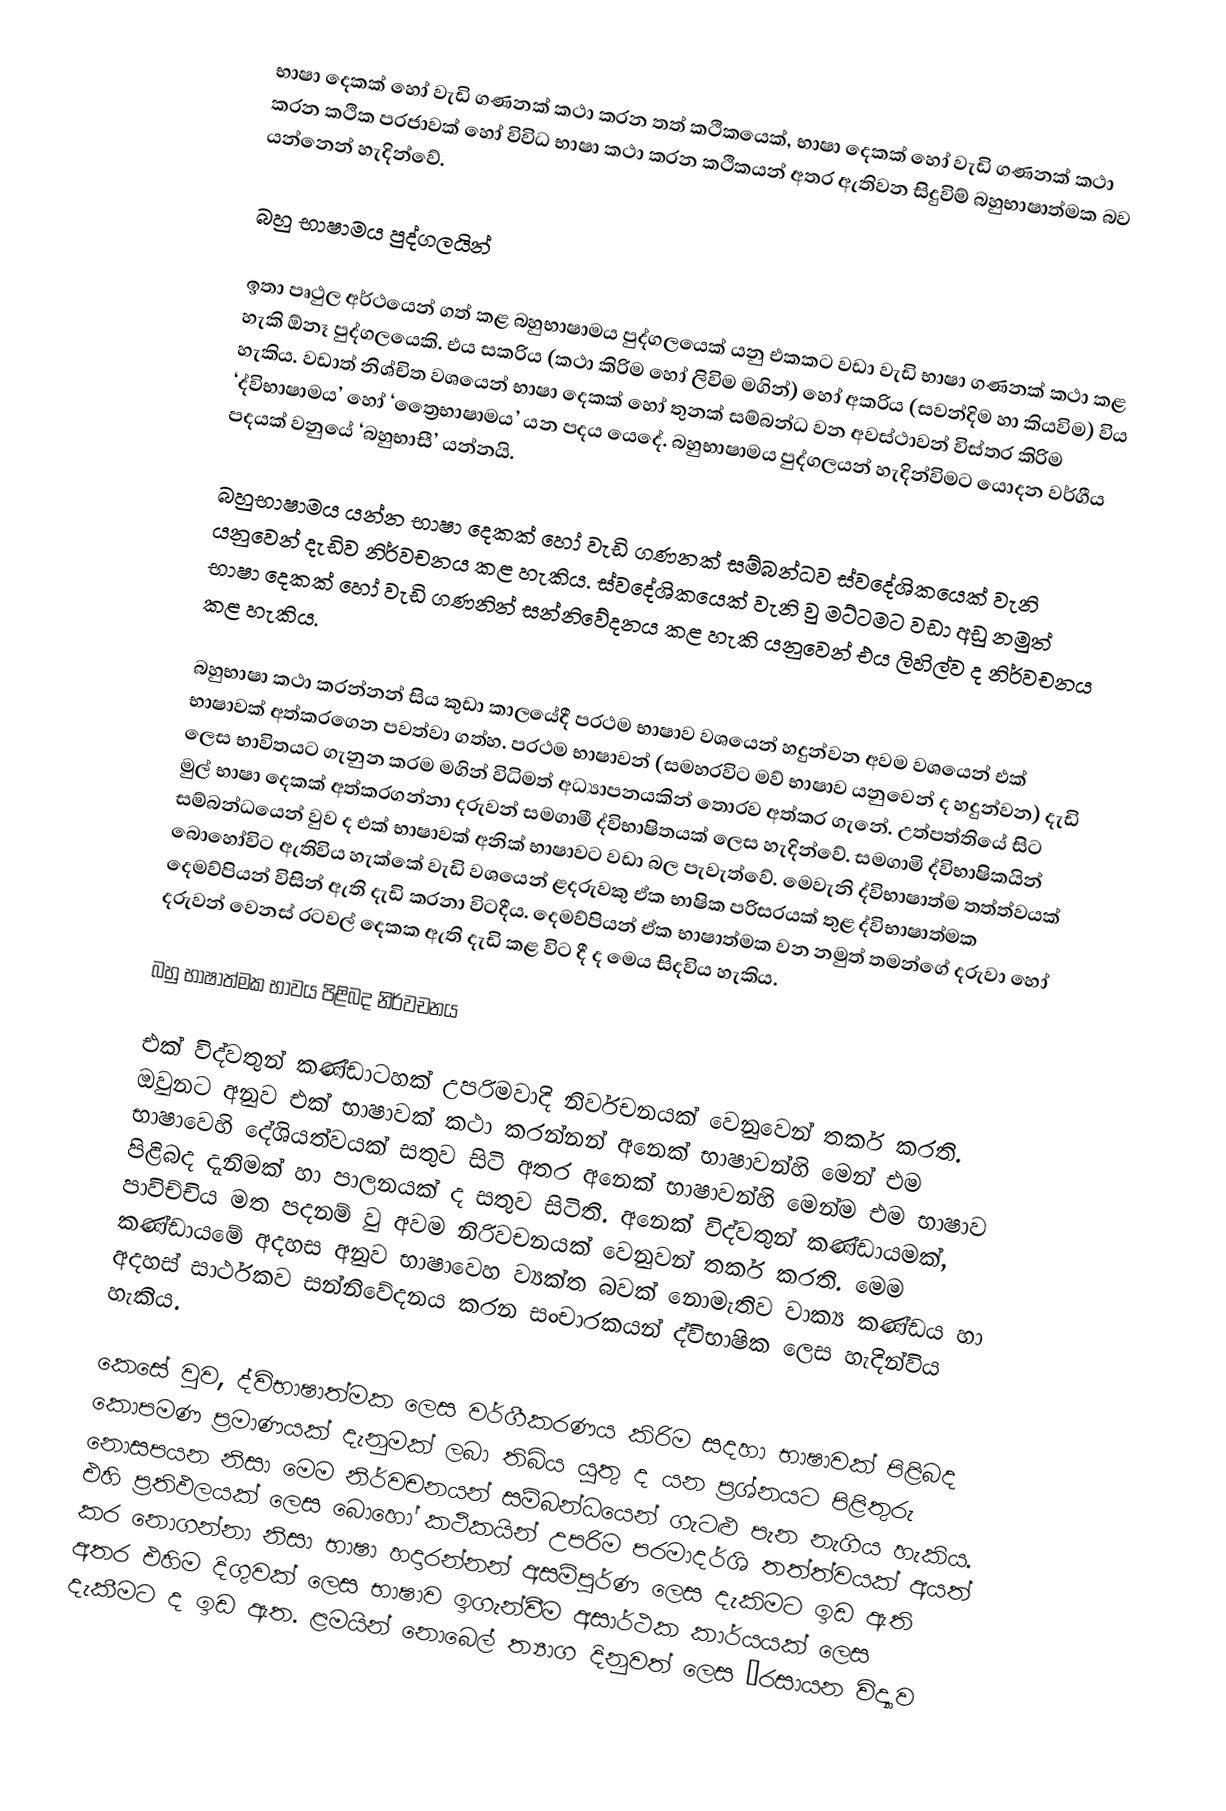
භාෂා දෙකක් හෝ වැඩි ගණනක් කථා කරන තත් කථිකයෙක්, භාෂා දෙකක් හෝ වැඩි ගණනක් කථා කරන කථික ප‍්‍රජාවක් හෝ විවිධ භාෂා කථා කරන කථිකයන් අතර ඇතිවන සිදුවිම් බහුභාෂාත්මක බව යන්නෙන් හැදින්වේ.

බහු භාෂාමය පුද්ගලයින්

ඉතා පෘථුල අර්ථයෙන් ගත් කළ බහුභාෂාමය පුද්ගලයෙක් යනු එකකට වඩා වැඩි භාෂා ගණනක් කථා කළ හැකි ඕනෑ පුද්ගලයෙකි. එය සක‍්‍රිය (කථා කිරිම හෝ ලිවිම මගින්) හෝ අක‍්‍රිය (සවන්දිම හා කියවිම) විය හැකිය. වඩාත් නිශ්චිත වශයෙන් භාෂා දෙකක් හෝ තුනක් සම්බන්ධ වන අවස්ථාවන් විස්තර කිරිම ‘ද්විභාෂාමය’ හෝ ‘ත්‍රෛභාෂාමය’ යන පදය යෙදේ. බහුභාෂාමය පුද්ගලයන් හැදින්විමට යොදන වර්ගීය පදයක් වනුයේ ‘බහුභාසී’ යන්නයි.

බහුභාෂාමය යන්න භාෂා දෙකක් හෝ වැඩි ගණනක් සම්බන්ධව ස්වදේශිකයෙක් වැනි යනුවෙන් දැඩිව නිර්වචනය කළ හැකිය. ස්වදේශිකයෙක් වැනි වු මට්ටමට වඩා අඩු නමුත් භාෂා දෙකක් හෝ වැඩි ගණනින් සන්නිවේදනය කළ හැකි යනුවෙන් එය ලිහිල්ව ද නිර්වචනය කළ හැකිය.

බහුභාෂා කථා කරන්නන් සිය කුඩා කාලයේදී ප‍්‍රථම භාෂාව වශයෙන් හදුන්වන අවම වශයෙන් එක් භාෂාවක් අත්කරගෙන පවත්වා ගත්හ. ප‍්‍රථම භාෂාවන් (සමහරවිට මව් භාෂාව යනුවෙන් ද හදුන්වන) දැඩි ලෙස  භාවිතයට ගැනුන ක‍්‍රම මගින් විධිමත් අධ්‍යාපනයකින් තොරව අත්කර ගැනේ. උත්පත්තියේ සිට මුල් භාෂා දෙකක් අත්කරගන්නා දරුවන් සමගාමී ද්විභාෂිතයක් ලෙස හැදින්වේ. සමගාමි ද්විභාෂිකයින් සම්බන්ධයෙන් වුව ද එක් භාෂාවක් අනික් භාෂාවට වඩා බල පැවැත්වේ. මෙවැනි ද්විභාෂාත්ම තත්ත්වයක් බොහෝවිට ඇතිවිය හැක්කේ වැඩි වශයෙන් ළදරුවකු ඒක භාෂික පරිසරයක් තුළ ද්විභාෂාත්මක දෙමව්පියන් විසින් ඇති දැඩි කරනා විටදීය. දෙමව්පියන් ඒක භාෂාත්මක වන නමුත් තමන්ගේ දරුවා හෝ දරුවන් වෙනස් රටවල් දෙකක ඇති දැඩි කළ විට දී ද මෙය සිදවිය හැකිය.

බහු භාෂාත්මක භාවය පිළිබද නිර්වචනය

	එක් විද්වතුන් කණ්ඩාටහක් උපරිමවාදි නිර්වචනයක් වෙනුවෙන් තර්ක කරති. ඔවුනට අනුව එක් භාෂාවක් කථා කරන්නන් අනෙක් භාෂාවන්හි මෙන් එම භාෂාවෙහි දේශියත්වයක් සතුව සිටි අතර අනෙක් භාෂාවන්හි මෙන්ම එම භාෂාව පිළිබද දැනිමක් හා පාලනයක් ද සතුව සිටිති. අනෙක් විද්වතුන් කණ්ඩායමක්, පාවිච්චිය මත පදනම් වු අවම නිරිවචනයක් වෙනුවන් තර්ක කරති. මෙම කණ්ඩායමේ අදහස අනුව භාෂාවෙහ ව්‍යක්ත බවක් නොමැතිව වාක්‍ය කණ්ඩය හා අදහස් සාර්ථකව සන්නිවේදනය කරන සංචාරකයන් ද්විභාෂික ලෙස හැදින්විය හැකිය.

	කෙසේ වුව, ද්විභාෂාත්මක ලෙස වර්ගීකරණය කිරිම සදහා භාෂාවක් පිළිබද කොපමණ ප‍්‍රමාණයක් දැනුමක් ලබා තිබිය යුතු ද යන ප‍්‍රශ්නයට පිළිතුරු නොසපයන නිසා මෙම නිර්වචනයන් සම්බන්ධයෙන් ගැටළු පැන නැගිය හැකිය. එහි ප‍්‍රතිඵලයක් ලෙස බොහෝ කථිකයින් උපරිම පරමාදර්ශි තත්ත්වයක් අයත් කර නොගන්නා නිසා භාෂා හදාරන්නන් අසම්පුර්ණ ලෙස දැකිමට ඉඩ ඇති අතර එහිම දිගුවක් ලෙස භාෂාව ඉගැන්වීම අසාර්ථක කාර්යයක් ලෙස දැකීමට ද ඉඩ ඇත. ළමයින් නොබෙල් ත්‍යාග දිනුවත් ලෙස ‘රසායන විද්‍යාව